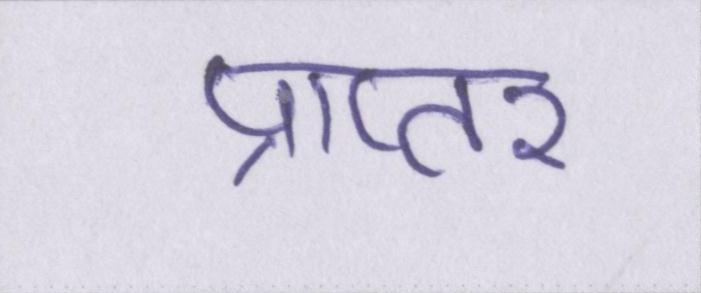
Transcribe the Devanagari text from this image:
प्राप्तर